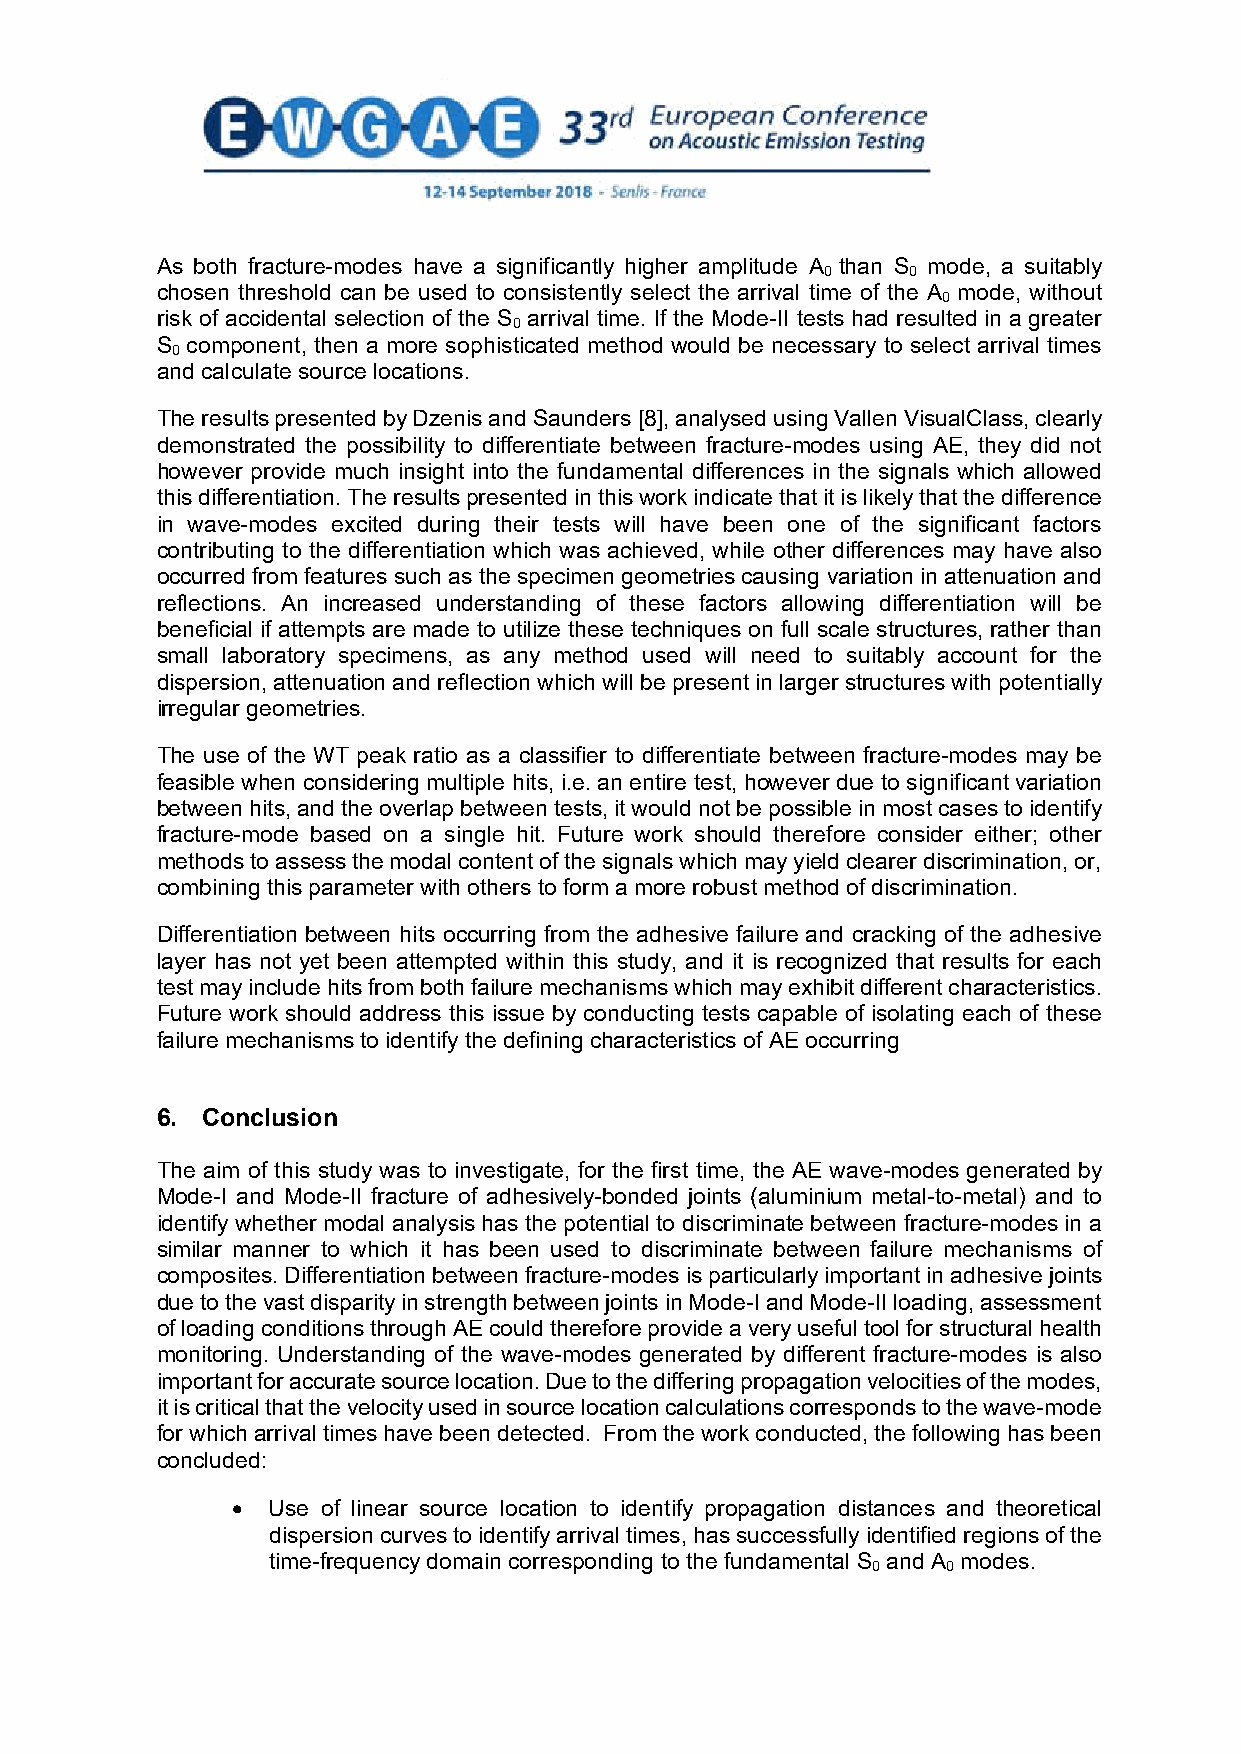
As both fracture-modes have a significantly higher amplitude A than S mode, a suitably
 0    0
 chosen threshold can be used to consistently select the arrival time of the A mode, without
 0
 risk of accidental selection of the S arrival time. If the Mode-II tests had resulted in a greater
 0
 S component, then a more sophisticated method would be necessary to select arrival times
 0
 and calculate source locations.
 The results presented by Dzenis and Saunders [8], analysed using Vallen VisualClass, clearly
 demonstrated the possibility to differentiate between fracture-modes using AE, they did not
 however provide much insight into the fundamental differences in the signals which allowed
 this differentiation. The results presented in this work indicate that it is likely that the difference
 in wave-modes excited during their tests will have been one of the significant factors
 contributing to the differentiation which was achieved, while other differences may have also
 occurred from features such as the specimen geometries causing variation in attenuation and
 reflections. An increased understanding of these factors allowing differentiation will be
 beneficial if attempts are made to utilize these techniques on full scale structures, rather than
 small laboratory specimens, as any method used will need to suitably account for the
 dispersion, attenuation and reflection which will be present in larger structures with potentially
 irregular geometries.
 The use of the WT peak ratio as a classifier to differentiate between fracture-modes may be
 feasible when considering multiple hits, i.e. an entire test, however due to significant variation
 between hits, and the overlap between tests, it would not be possible in most cases to identify
 fracture-mode based on a single hit. Future work should therefore consider either; other
 methods to assess the modal content of the signals which may yield clearer discrimination, or,
 combining this parameter with others to form a more robust method of discrimination.
 Differentiation between hits occurring from the adhesive failure and cracking of the adhesive
 layer has not yet been attempted within this study, and it is recognized that results for each
 test may include hits from both failure mechanisms which may exhibit different characteristics.
 Future work should address this issue by conducting tests capable of isolating each of these
 failure mechanisms to identify the defining characteristics of AE occurring
 6. Conclusion
 The aim of this study was to investigate, for the first time, the AE wave-modes generated by
 Mode-I and Mode-II fracture of adhesively-bonded joints (aluminium metal-to-metal) and to
 identify whether modal analysis has the potential to discriminate between fracture-modes in a
 similar manner to which it has been used to discriminate between failure mechanisms of
 composites. Differentiation between fracture-modes is particularly important in adhesive joints
 due to the vast disparity in strength between joints in Mode-I and Mode-II loading, assessment
 of loading conditions through AE could therefore provide a very useful tool for structural health
 monitoring. Understanding of the wave-modes generated by different fracture-modes is also
 important for accurate source location. Due to the differing propagation velocities of the modes,
 it is critical that the velocity used in source location calculations corresponds to the wave-mode
 for which arrival times have been detected. From the work conducted, the following has been
 concluded:
   Use of linear source location to identify propagation distances and theoretical
 dispersion curves to identify arrival times, has successfully identified regions of the
 time-frequency domain corresponding to the fundamental S and A modes.
 0    0
 9